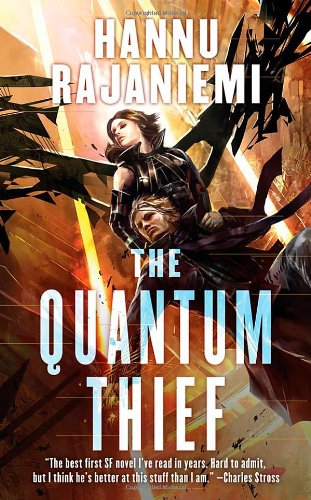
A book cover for The Quantum Thief (Jean le Flambeur); Hannu Rajaniemi; Science Fiction & Fantasy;